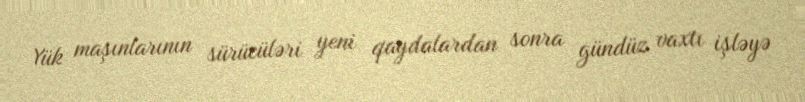
Yük maşınlarının sürücüləri yeni qaydalardan sonra gündüz vaxtı işləyə